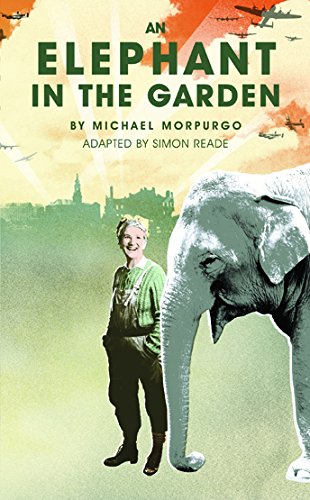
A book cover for An Elephant in the Garden; Michael Morpurgo; Literature & Fiction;